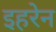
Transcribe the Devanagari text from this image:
इहरेन